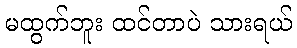
မထွက်ဘူး ထင်တာပဲ သားရယ်